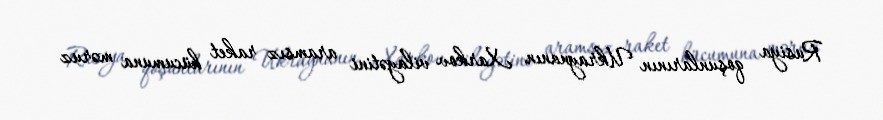
Rusiya qoşunlarının Ukraynanın Xarkov vilayətini aramsız raket hücumuna məruz